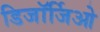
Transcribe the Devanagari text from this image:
डिजॉर्जिओ